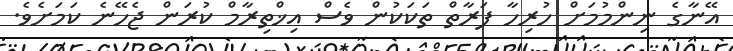
އޭނާގެ ނިންމުމަށް ހުރިހާ ފަރާތް ތަކަކުން ވެސް އިޚްތިރާމް ކުރަން ޖެހޭނެ ކަމަށެވެ.